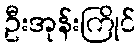
ဦးအုန်းကြိုင်